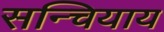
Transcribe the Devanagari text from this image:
सन्चियाय